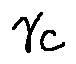
\gamma _ { c }